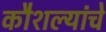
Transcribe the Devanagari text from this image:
कौशल्यांचे